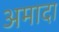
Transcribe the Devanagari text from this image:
अमादा